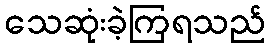
သေဆုံးခဲ့ကြရသည်